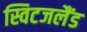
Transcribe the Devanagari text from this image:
स्विटजलैंड